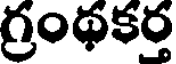
గ్రంథకర్త